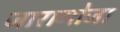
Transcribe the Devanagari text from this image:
जारागोजा